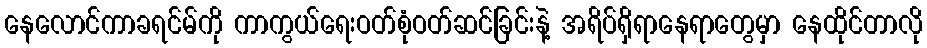
နေလောင်ကာခရင်မ်ကို ကာကွယ်ရေးဝတ်စုံဝတ်ဆင်ခြင်းနဲ့ အရိပ်ရှိရာနေရာတွေမှာ နေထိုင်တာလို